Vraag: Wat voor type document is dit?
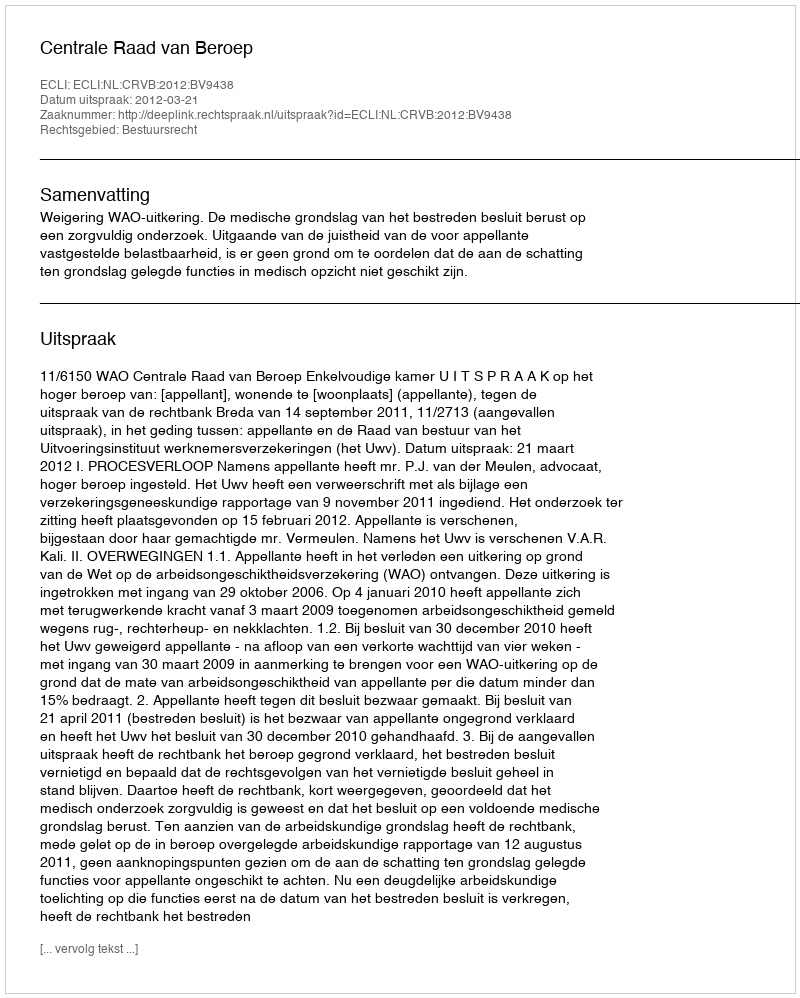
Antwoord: Uitspraak